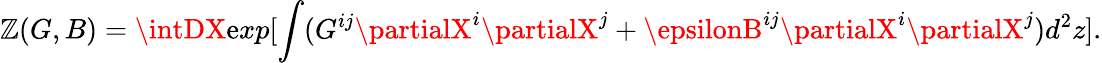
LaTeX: {\cal\mathbb{Z}}(G,B)=\intDX\mathrm{e}xp[\int(G^{ij}\partialX^{i}\partialX^{j}+\epsilonB^{ij}\partialX^{i}\partialX^{j})d^{2}z].